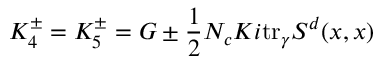
K _ { 4 } ^ { \pm } = K _ { 5 } ^ { \pm } = G \pm \frac { 1 } { 2 } N _ { c } K i \mathrm { t r } _ { \gamma } S ^ { d } ( x , x )